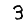
Digit: 3